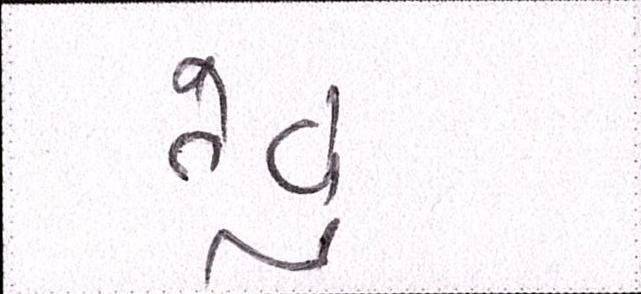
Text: તેવું